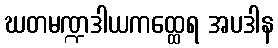
ဃတမဏ္ဍဒါယကထ္ထေရ အပဒါန